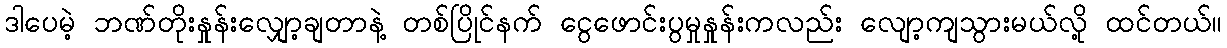
ဒါပေမဲ့ ဘဏ်တိုးနှုန်းလျှော့ချတာနဲ့ တစ်ပြိုင်နက် ငွေဖောင်းပွမှုနှုန်းကလည်း လျော့ကျသွားမယ်လို့ ထင်တယ်။